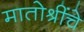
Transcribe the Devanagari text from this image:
मातोश्रींचे